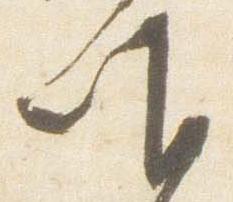
唯